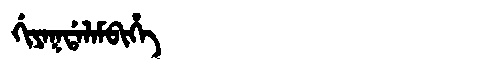
Manchu: ᡤᡳᠶᠠᡴᡩᠠᠯᠠᠮᠪᡳᡥᡝ
Romanization: GIYAKDALAMBIHE